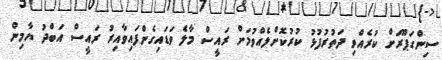
ސިންގަޕޫރަށް ކުރެއްވި ދަތުރުފުޅު ކުރުކޮށްލެއްވުމަށް ރައީސް މާލެ ވަޑައިގެންފައިވާއިރު ރައީސް އަބްދު ޔާމިން